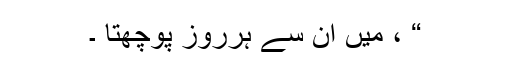
“ ، میں ان سے ہرروز پوچھتا ۔